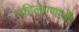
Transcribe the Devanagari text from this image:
पहिलेपणाची